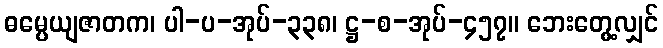
ဓမ္ပေယျဇာတက၊ ပါ-ပ-အုပ်-၃၃၈၊ ဋ္ဌ-စ-အုပ်-၄၅၇။ ဘေးတွေ့လျှင်